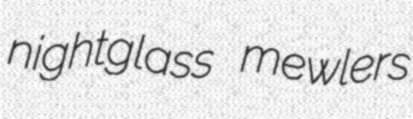
nightglass mewlers